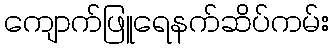
ကျောက်ဖြူရေနက်ဆိပ်ကမ်း